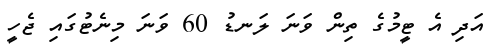
އަދި އެ ޓީމުގެ ތިން ވަނަ ލަނޑު 60 ވަނަ މިނެޓުގައި ޖެހީ